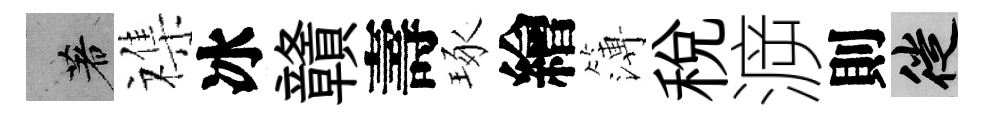
著襍冰贛壽琢繪簿税㴑則徙